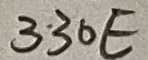
Text: 330E